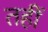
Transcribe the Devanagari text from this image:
तहीं